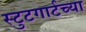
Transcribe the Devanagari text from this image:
स्टुटगार्टच्या